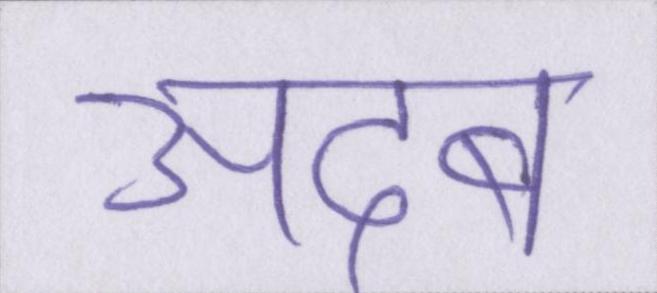
अदब